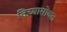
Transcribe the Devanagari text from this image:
तिच्यासोबत